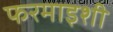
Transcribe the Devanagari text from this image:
फरमाइशी